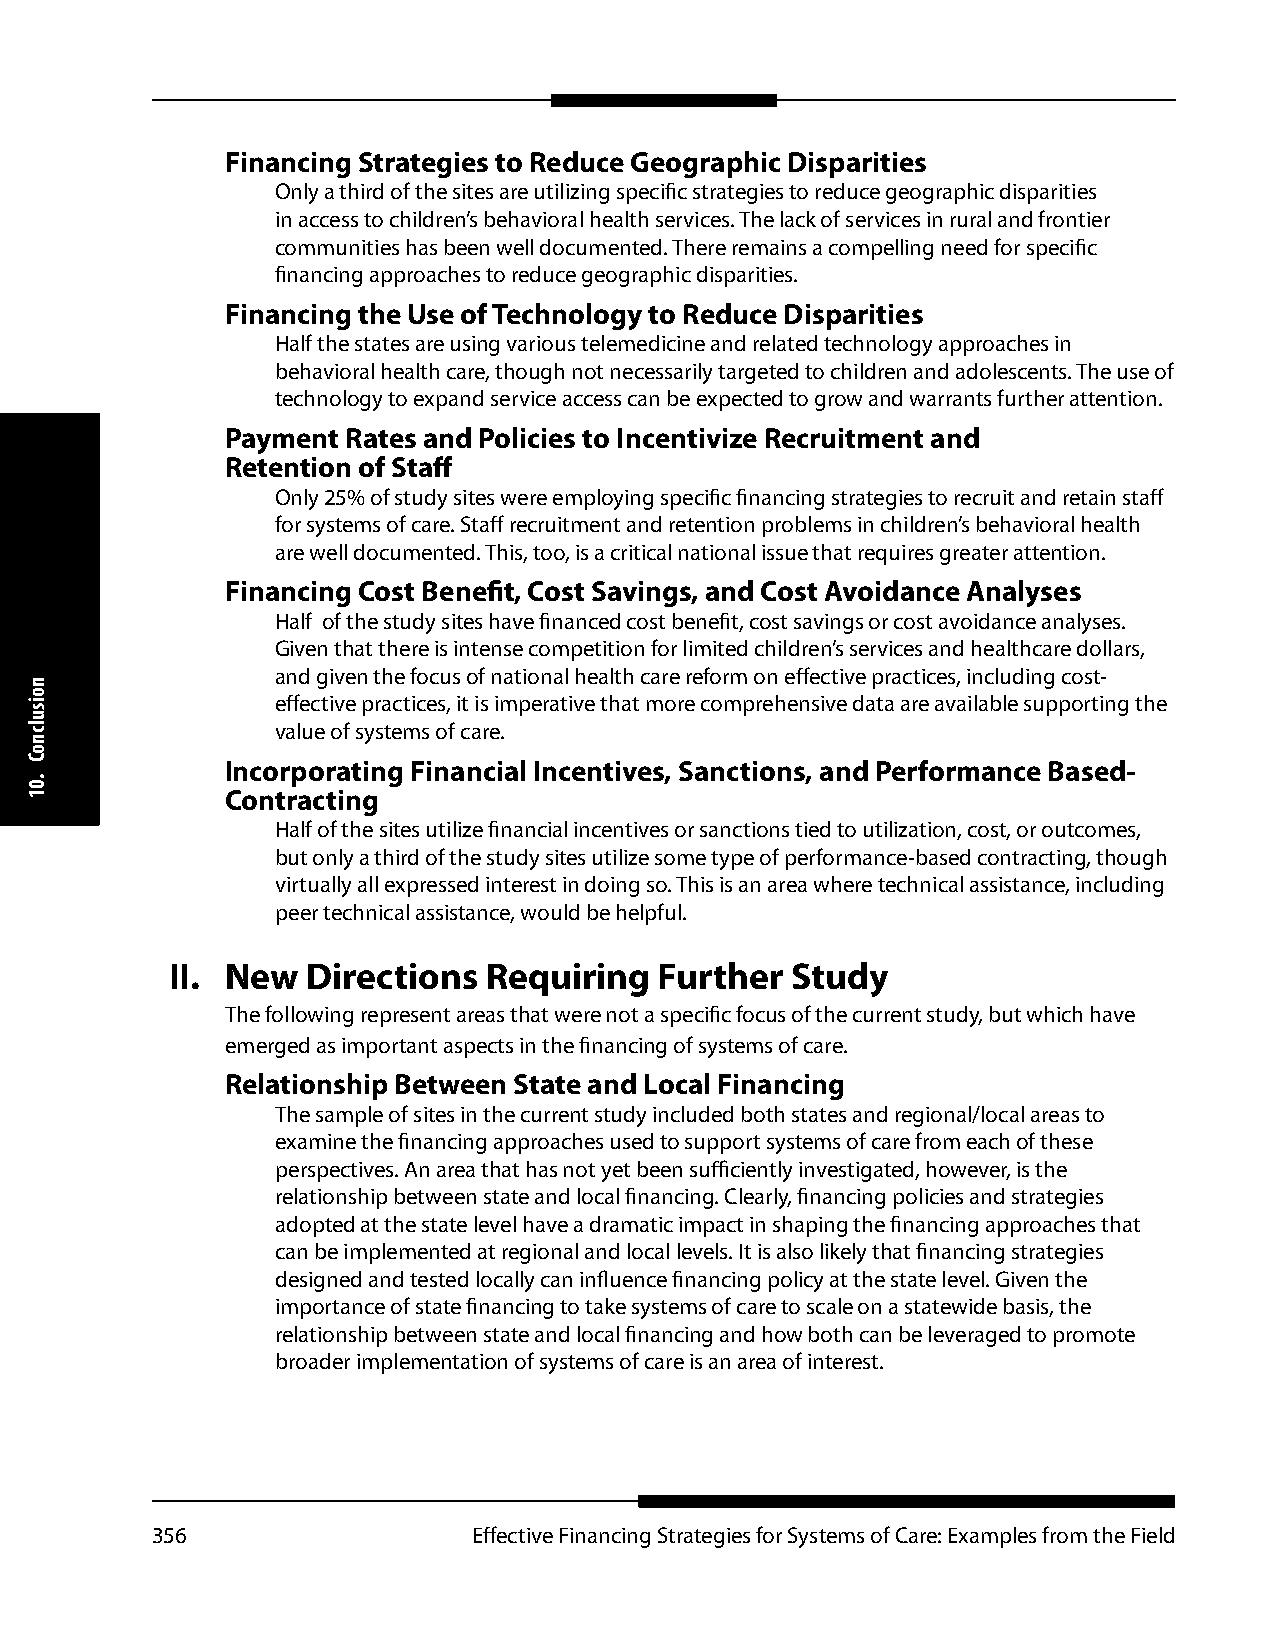
Financing Strategies to Reduce Geographic Disparities
 Only a third of the sites are utilizing specific strategies to reduce geographic disparities
 in access to children’s behavioral health services. The lack of services in rural and frontier
 communities has been well documented. There remains a compelling need for specific
 financing approaches to reduce geographic disparities.
 Financing the Use of Technology to Reduce Disparities
 Half the states are using various telemedicine and related technology approaches in
 behavioral health care, though not necessarily targeted to children and adolescents. The use of
 technology to expand service access can be expected to grow and warrants further attention.
 Payment Rates and Policies to Incentivize Recruitment and
 Retention of Staff
 Only 25% of study sites were employing specific financing strategies to recruit and retain staff
 for systems of care. Staff recruitment and retention problems in children’s behavioral health
 are well documented. This, too, is a critical national issue that requires greater attention.
 Financing Cost Benefit, Cost Savings, and Cost Avoidance Analyses
 Half of the study sites have financed cost benefit, cost savings or cost avoidance analyses.
 Given that there is intense competition for limited children’s services and healthcare dollars,
 and given the focus of national health care reform on effective practices, including cost-
 effective practices, it is imperative that more comprehensive data are available supporting the
 value of systems of care.
 Incorporating Financial Incentives, Sanctions, and Performance Based-
 Contracting
 Half of the sites utilize financial incentives or sanctions tied to utilization, cost, or outcomes,
 but only a third of the study sites utilize some type of performance-based contracting, though
 virtually all expressed interest in doing so. This is an area where technical assistance, including
 peer technical assistance, would be helpful.
 II. New  Directions  Requiring   Further Study
 The following represent areas that were not a specific focus of the current study, but which have
 emerged as important aspects in the financing of systems of care.
 Relationship Between State and Local Financing
 The sample of sites in the current study included both states and regional/local areas to
 examine the financing approaches used to support systems of care from each of these
 perspectives. An area that has not yet been sufficiently investigated, however, is the
 relationship between state and local financing. Clearly, financing policies and strategies
 adopted at the state level have a dramatic impact in shaping the financing approaches that
 can be implemented at regional and local levels. It is also likely that financing strategies
 designed and tested locally can influence financing policy at the state level. Given the
 importance of state financing to take systems of care to scale on a statewide basis, the
 relationship between state and local financing and how both can be leveraged to promote
 broader implementation of systems of care is an area of interest.
 356                  Effective Financing Strategies for Systems of Care: Examples from the Field
 noisulcnoC
 .01